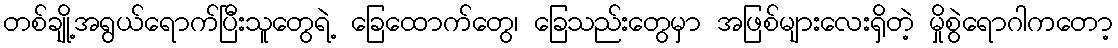
တစ်ချို့အရွယ်ရောက်ပြီးသူတွေရဲ့ ခြေထောက်တွေ၊ ခြေသည်းတွေမှာ အဖြစ်များလေးရှိတဲ့ မှိုစွဲရောဂါကတော့